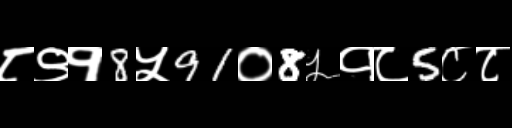
Text: ८९१8५91०8५१८5८८